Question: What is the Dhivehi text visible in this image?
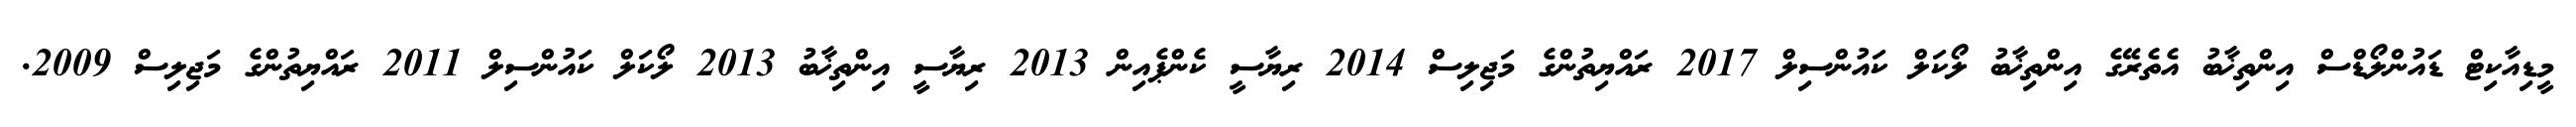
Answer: މީޑިއާކިޓް ޑައުންލޯޑްސް އިންތިޚާބު އެތެރޭގެ އިންތިޚާބު ލޯކަލް ކައުންސިލް 2017 ރައްޔިތުންގެ މަޖިލިސް 2014 ރިޔާސީ ކެންޕެއިން 2013 ރިޔާސީ އިންތިޚާބު 2013 ލޯކަލް ކައުންސިލް 2011 ރައްޔިތުންގެ މަޖިލިސް 2009.